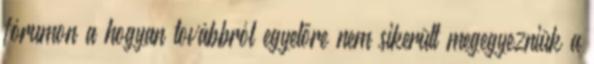
fórumon a hogyan továbbról egyelőre nem sikerült megegyezniük a